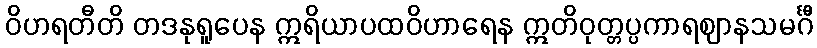
ဝိဟရတီတိ တဒနုရူပေန ဣရိယာပထဝိဟာရေန ဣတိဝုတ္တပ္ပကာရဈာနသမင်္ဂီ